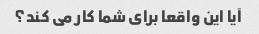
آیا این واقعا برای شما کار می کند؟